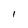
Character: l